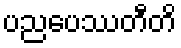
ပညပေဿတီတိ